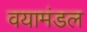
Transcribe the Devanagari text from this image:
वयामंडल